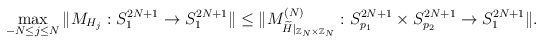
\begin{align*}\max_{-N \leq j \leq N} \Vert M_{ H_j }: S_{1}^{2N+1} \rightarrow S_{1}^{2N+1} \Vert\leq \Vert M_{\widetilde{ H }\vert_{\mathbb{Z}_N \times \mathbb{Z}_N}}^{(N)}: S_{p_1}^{2N+1} \times S_{p_2}^{2N+1} \rightarrow S_{1}^{2N+1} \Vert.\end{align*}